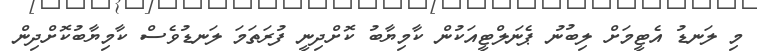
މި ލަނޑު އެޓީމަށް ލިބުނު ޕެނަލްޓީއަކުން ކާމިޔާބު ކޮށްދިނީ ފުރަތަމަ ލަނޑުވެސް ކާމިޔާބުކޮށްދިން